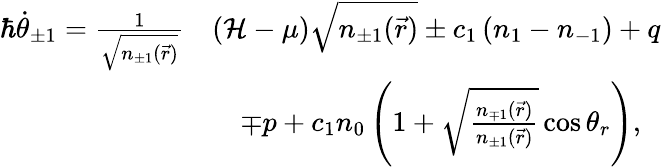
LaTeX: \begin{array}{rl}{\hbar\dot{\theta}_{\pm 1}=\frac{1}{\sqrt{n_{\pm 1}(\vec{r})}}}&{\left(\mathcal{H}-\mu\right)\sqrt{n_{\pm 1}(\vec{r})}\pm c_{1}\left(n_{1}-n_{-1}\right)+q}\\ &{\quad\mp p+c_{1}n_{0}\left(1+\sqrt{\frac{n_{\mp 1}(\vec{r})}{n_{\pm 1}(\vec{r})}}\cos\theta_{r}\right),}\end{array}